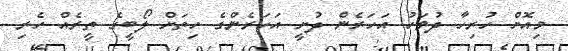
މިއޮށް ހުރިހާ ދުވަހު އަހަރެން ދުށީ އަހަރެންގެ ހިތަށް ލޯބީގެ ތީރެއް ހެރި